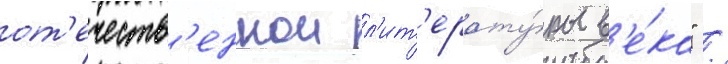
от'ечеств'еннои л'ит'ерату́ры в'е́ка" /